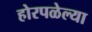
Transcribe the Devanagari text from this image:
होरपळेल्या